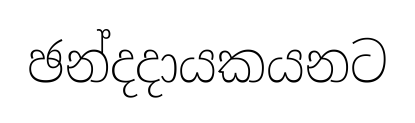
ඡන්දදායකයනට